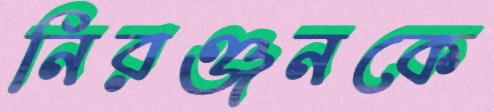
নিরঞ্জনকে